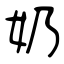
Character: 奶